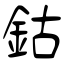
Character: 鈷